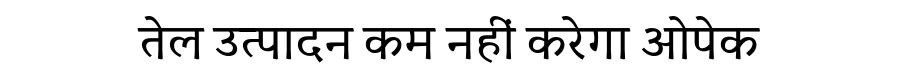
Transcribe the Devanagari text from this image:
तेल उत्पादन कम नहीं करेगा ओपेक